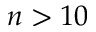
n > 1 0